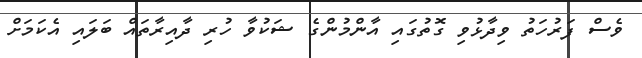
ވެސް ފަރުހަތު ވިދާޅުވި ގޮތުގައި އާންމުންގެ ޝަކުވާ ހުރި ދާއިރާތައް ބަލައި އެކަމަށް